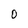
Character: O